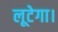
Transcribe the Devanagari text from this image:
लूटेगा।